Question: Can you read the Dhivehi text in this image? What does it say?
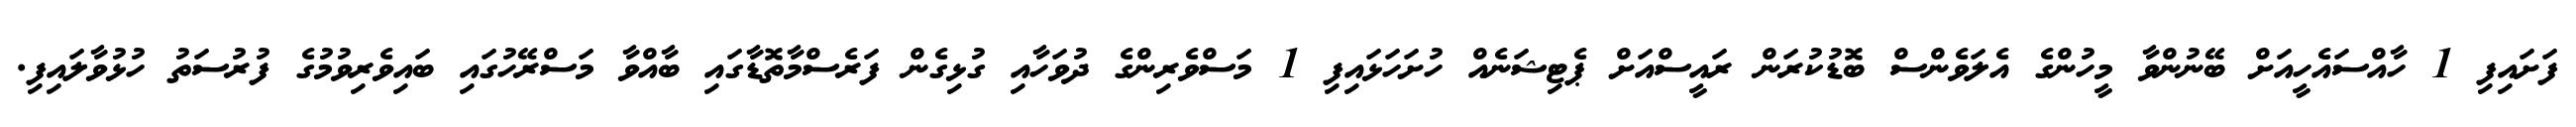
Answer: ފަށައިފި 1 ހާއްސައެހީއަށް ބޭނުންވާ މީހުންގެ އެލަވެންސް ބޮޑުކުރަން ރައީސްއަށް ޕެޓިޝަނެއް ހުށަހަޅައިފި 1 މަސްވެރިންގެ ދުވަހާއި ގުޅިގެން ފަރެސްމާތޮޑާގައި ބާއްވާ މަސްރޭހުގައި ބައިވެރިވުމުގެ ފުރުސަތު ހުޅުވާލައިފި.